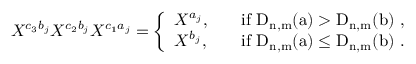
X ^ { c _ { 3 } b _ { j } } X ^ { c _ { 2 } b _ { j } } X ^ { c _ { 1 } a _ { j } } = \left\{ \begin{array} { l l } { X ^ { a _ { j } } , } & { \quad \mathrm { i f ~ \mathrm { D } _ { n , m } ( a ) > \mathrm { D } _ { n , m } ( b ) ~ } , } \\ { X ^ { b _ { j } } , } & { \quad \mathrm { i f ~ \mathrm { D } _ { n , m } ( a ) \leq \mathrm { D } _ { n , m } ( b ) ~ } . } \end{array} \right.